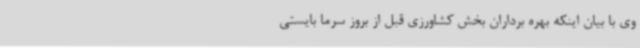
وی با بیان اینکه بهره برداران بخش کشاورزی قبل از بروز سرما بایستی